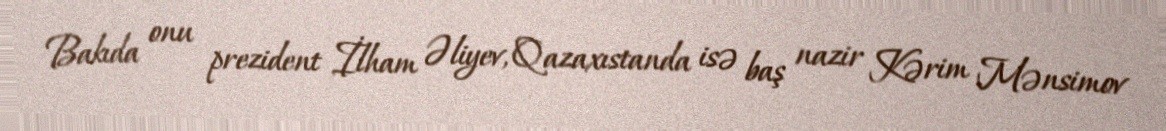
Bakıda onu prezident İlham Əliyev, Qazaxıstanda isə baş nazir Kərim Mənsimov